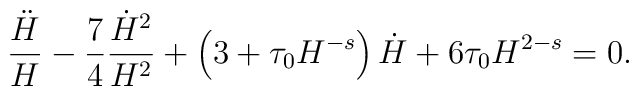
\frac{\ddot H}{H} - \frac74 \frac{\dot H^2}{H^2} + \left( 3 +\tau_0 H^{-s} \right) \dot H + 6 \tau_0 H^{2-s} = 0.